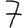
Digit: 7